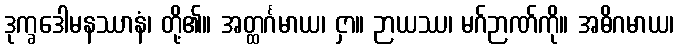
ဒုက္ခဒေါမနဿာနံ၊ တို့၏။ အတ္ထင်္ဂမာယ၊ ငှာ။ ဉာယဿ၊ မဂ်ဉာဏ်ကို။ အဓိဂမာယ၊